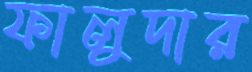
ফালুদার